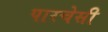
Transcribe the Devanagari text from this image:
पारचेसी